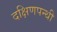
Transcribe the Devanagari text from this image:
दक्षिणपन्थी